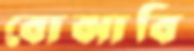
বোঝাবি